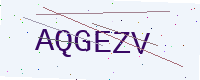
Text: AQGEZV